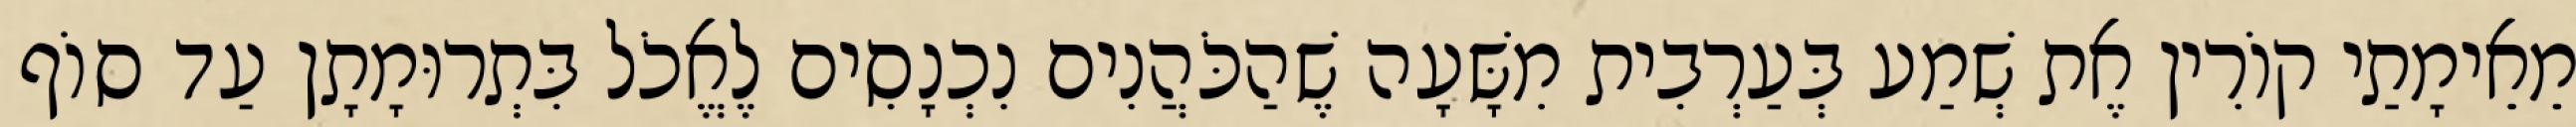
מֵאֵימָתַי קוֹרִין אֶת שְׁמַע בְּעַרְבִית מִשָּׁעָה שֶׁהַכֹּהֲנִים נִכְנָסִים לֶאֱכֹל בִּתְרוּמָתָן עַד סוֹף